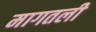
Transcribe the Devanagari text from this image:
मागतली